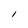
Character: I